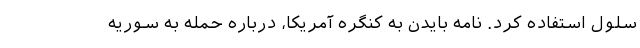
سلول استفاده کرد. نامه بایدن به کنگره آمریکا، درباره حمله به سوریه